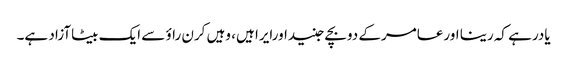
یادرہے کہ رینا اورعامرکے دوبچے جنیداورایرا ہیں، وہیں کرن راؤ سے ایک بیٹاآزاد ہے۔